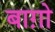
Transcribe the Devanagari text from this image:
बाग़ो